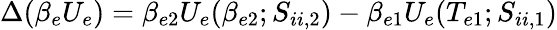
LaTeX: \Delta(\beta_{e}U_{e})=\beta_{e2}U_{e}(\beta_{e2};S_{ii,2})-\beta_{e1}U_{e}(T_{e1};S_{ii,1})